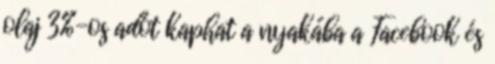
olaj 3%-os adót kaphat a nyakába a Facebook és